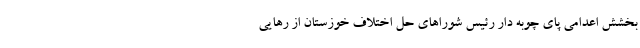
بخشش اعدامی پای چوبه دار رئیس شورا‌های حل اختلاف خوزستان از رهایی